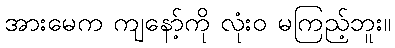
အားမေက ကျနော့်ကို လုံးဝ မကြည့်ဘူး။